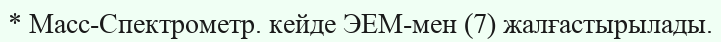
* Масс-Спектрометр. кейде ЭЕМ-мен (7) жалғастырылады.